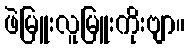
ဖဲမြူးလူမြူးကိုးဗျာ။